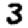
Digit: 3